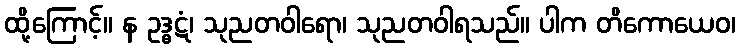
ထို့ကြောင့်။ န ဥဒ္ဓဋံ၊ သုညတဝါရော၊ သုညတဝါရသည်။ ပါက တိကောယေဝ၊